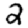
Digit: 2